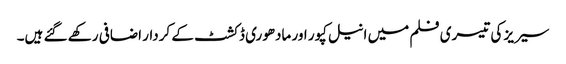
سیریز کی تیسری فلم میں انیل کپور اور مادھوری ڈکشٹ کے کردار اضافی رکھے گئے ہیں۔